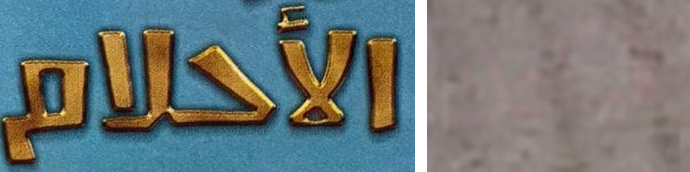
الأحلام قبلتك